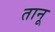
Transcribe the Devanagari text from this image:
तानू